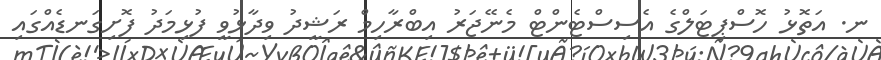
ނ. އަތޮޅު ހޮސްޕިޓަލްގެ އެސިސްޓެންޓް މެނޭޖަރު އިބްރާހިމް ރަޝީދު ވިދާޅުވީ ފުޅިމަދު ފޮށިގަނޑެއްގައި